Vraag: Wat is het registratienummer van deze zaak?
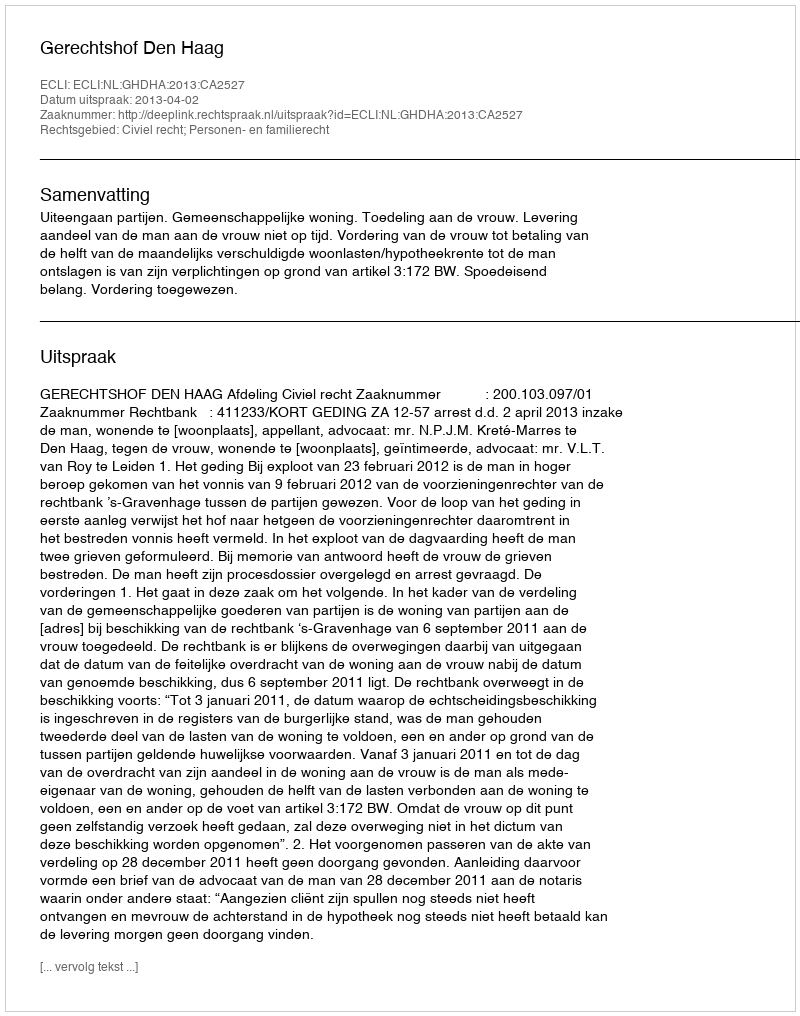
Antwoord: http://deeplink.rechtspraak.nl/uitspraak?id=ECLI:NL:GHDHA:2013:CA2527